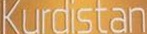
Kurdistan